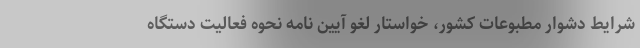
شرایط دشوار مطبوعات کشور، خواستار لغو آیین نامه نحوه فعالیت دستگاه